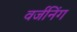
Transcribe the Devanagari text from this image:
वर्जनिंग